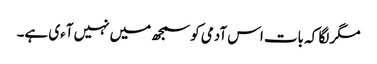
مگر لگا کہ بات اس آدمی کو سمجھ میں نہیں آءی ہے۔